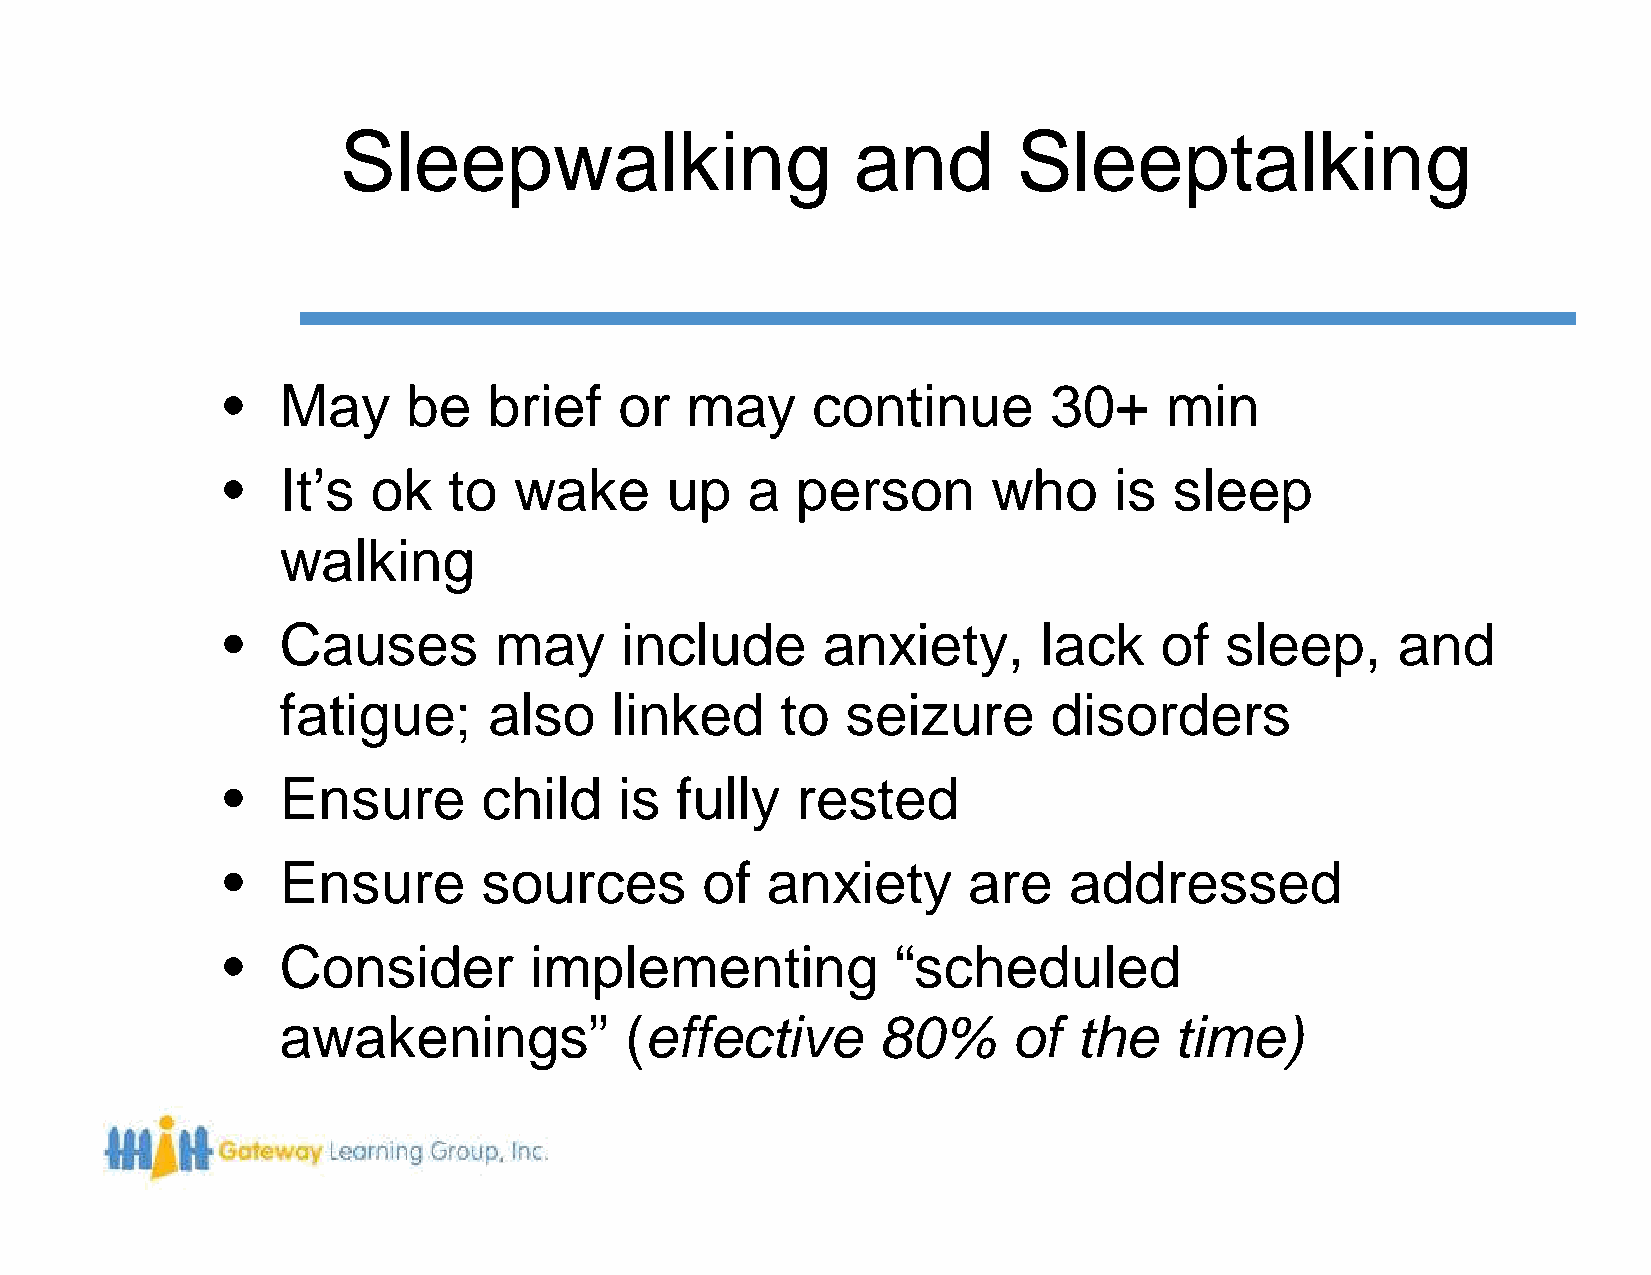
Sleepwalking                       and       Sleeptalking
 •   May     be   brief    or  may      continue       30+     min
 •   It’s  ok   to  wake      up   a   person       who     is  sleep
 walking
 •   Causes        may     include      anxiety,       lack    of  sleep,     and
 fatigue;     also    linked      to  seizure       disorders
 •   Ensure       child    is  fully   rested
 •   Ensure       sources       of   anxiety      are    addressed
 •   Consider        implementing            “scheduled
 awakenings”           (effective       80%      of  the    time)